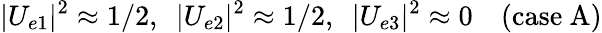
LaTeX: |U_{e1}|^{2}\approx 1/2,\ \ |U_{e2}|^{2}\approx 1/2,\ \ |U_{e3}|^{2}\approx 0\ \ \ \ (\mathrm{case\ A})